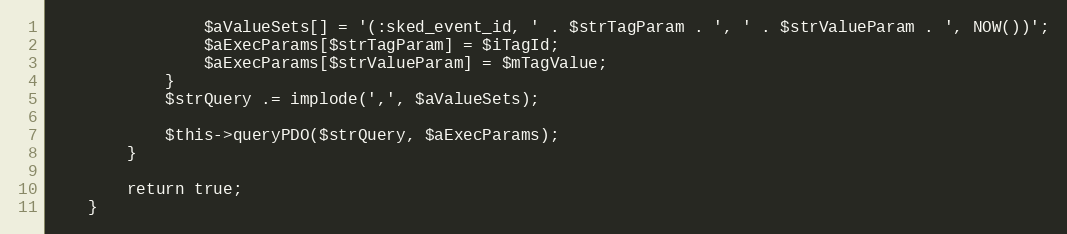
Language: PHP
                $aValueSets[] = '(:sked_event_id, ' . $strTagParam . ', ' . $strValueParam . ', NOW())';
                $aExecParams[$strTagParam] = $iTagId;
                $aExecParams[$strValueParam] = $mTagValue;
            }
            $strQuery .= implode(',', $aValueSets);

            $this->queryPDO($strQuery, $aExecParams);
        }

        return true;
    }